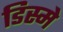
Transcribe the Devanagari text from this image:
डिस्मे